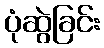
ပုံဆွဲခြင်း